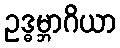
ဥဒ္ဓမ္ဘာဂိယာ